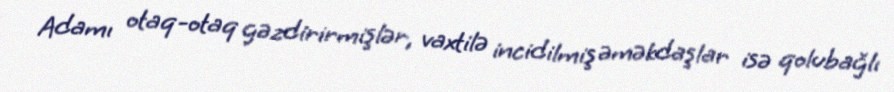
Adamı otaq-otaq gəzdirirmişlər, vaxtilə incidilmiş əməkdaşlar isə qolubağlı